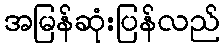
အမြန်ဆုံးပြန်လည်